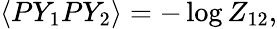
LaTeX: \langle PY_{1}PY_{2}\rangle=-\log Z_{12},